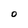
Character: O